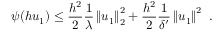
\psi ( h u _ { 1 } ) \le \frac { h ^ { 2 } } { 2 } \frac { 1 } { \lambda } \left\| u _ { 1 } \right\| _ { 2 } ^ { 2 } + \frac { h ^ { 2 } } { 2 } \frac { 1 } { \delta ^ { \prime } } \left\| u _ { 1 } \right\| ^ { 2 } \ .